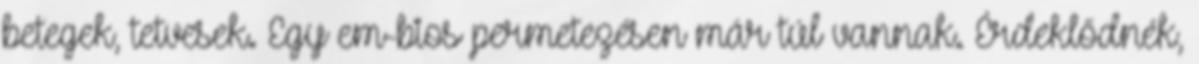
betegek, tetvesek. Egy em-bios permetezésen már túl vannak. Érdeklődnék,